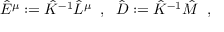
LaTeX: \hat { E } ^ { \mu } : = \hat { K } ^ { - 1 } \hat { L } ^ { \mu } \; \; , \; \; \hat { D } : = \hat { K } ^ { - 1 } \hat { M } \; \; ,